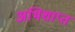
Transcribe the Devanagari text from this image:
अभिशाप्त